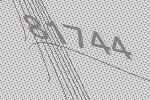
81744